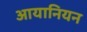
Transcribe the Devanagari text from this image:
आयानियन